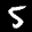
Label: 5